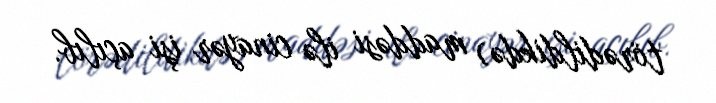
törədildikdə) maddəsi ilə cinayər işi açılıb.